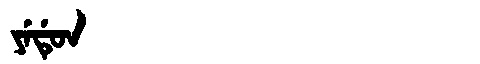
Manchu: ᠶᡝᡩᡠᠨ
Romanization: YEDUN